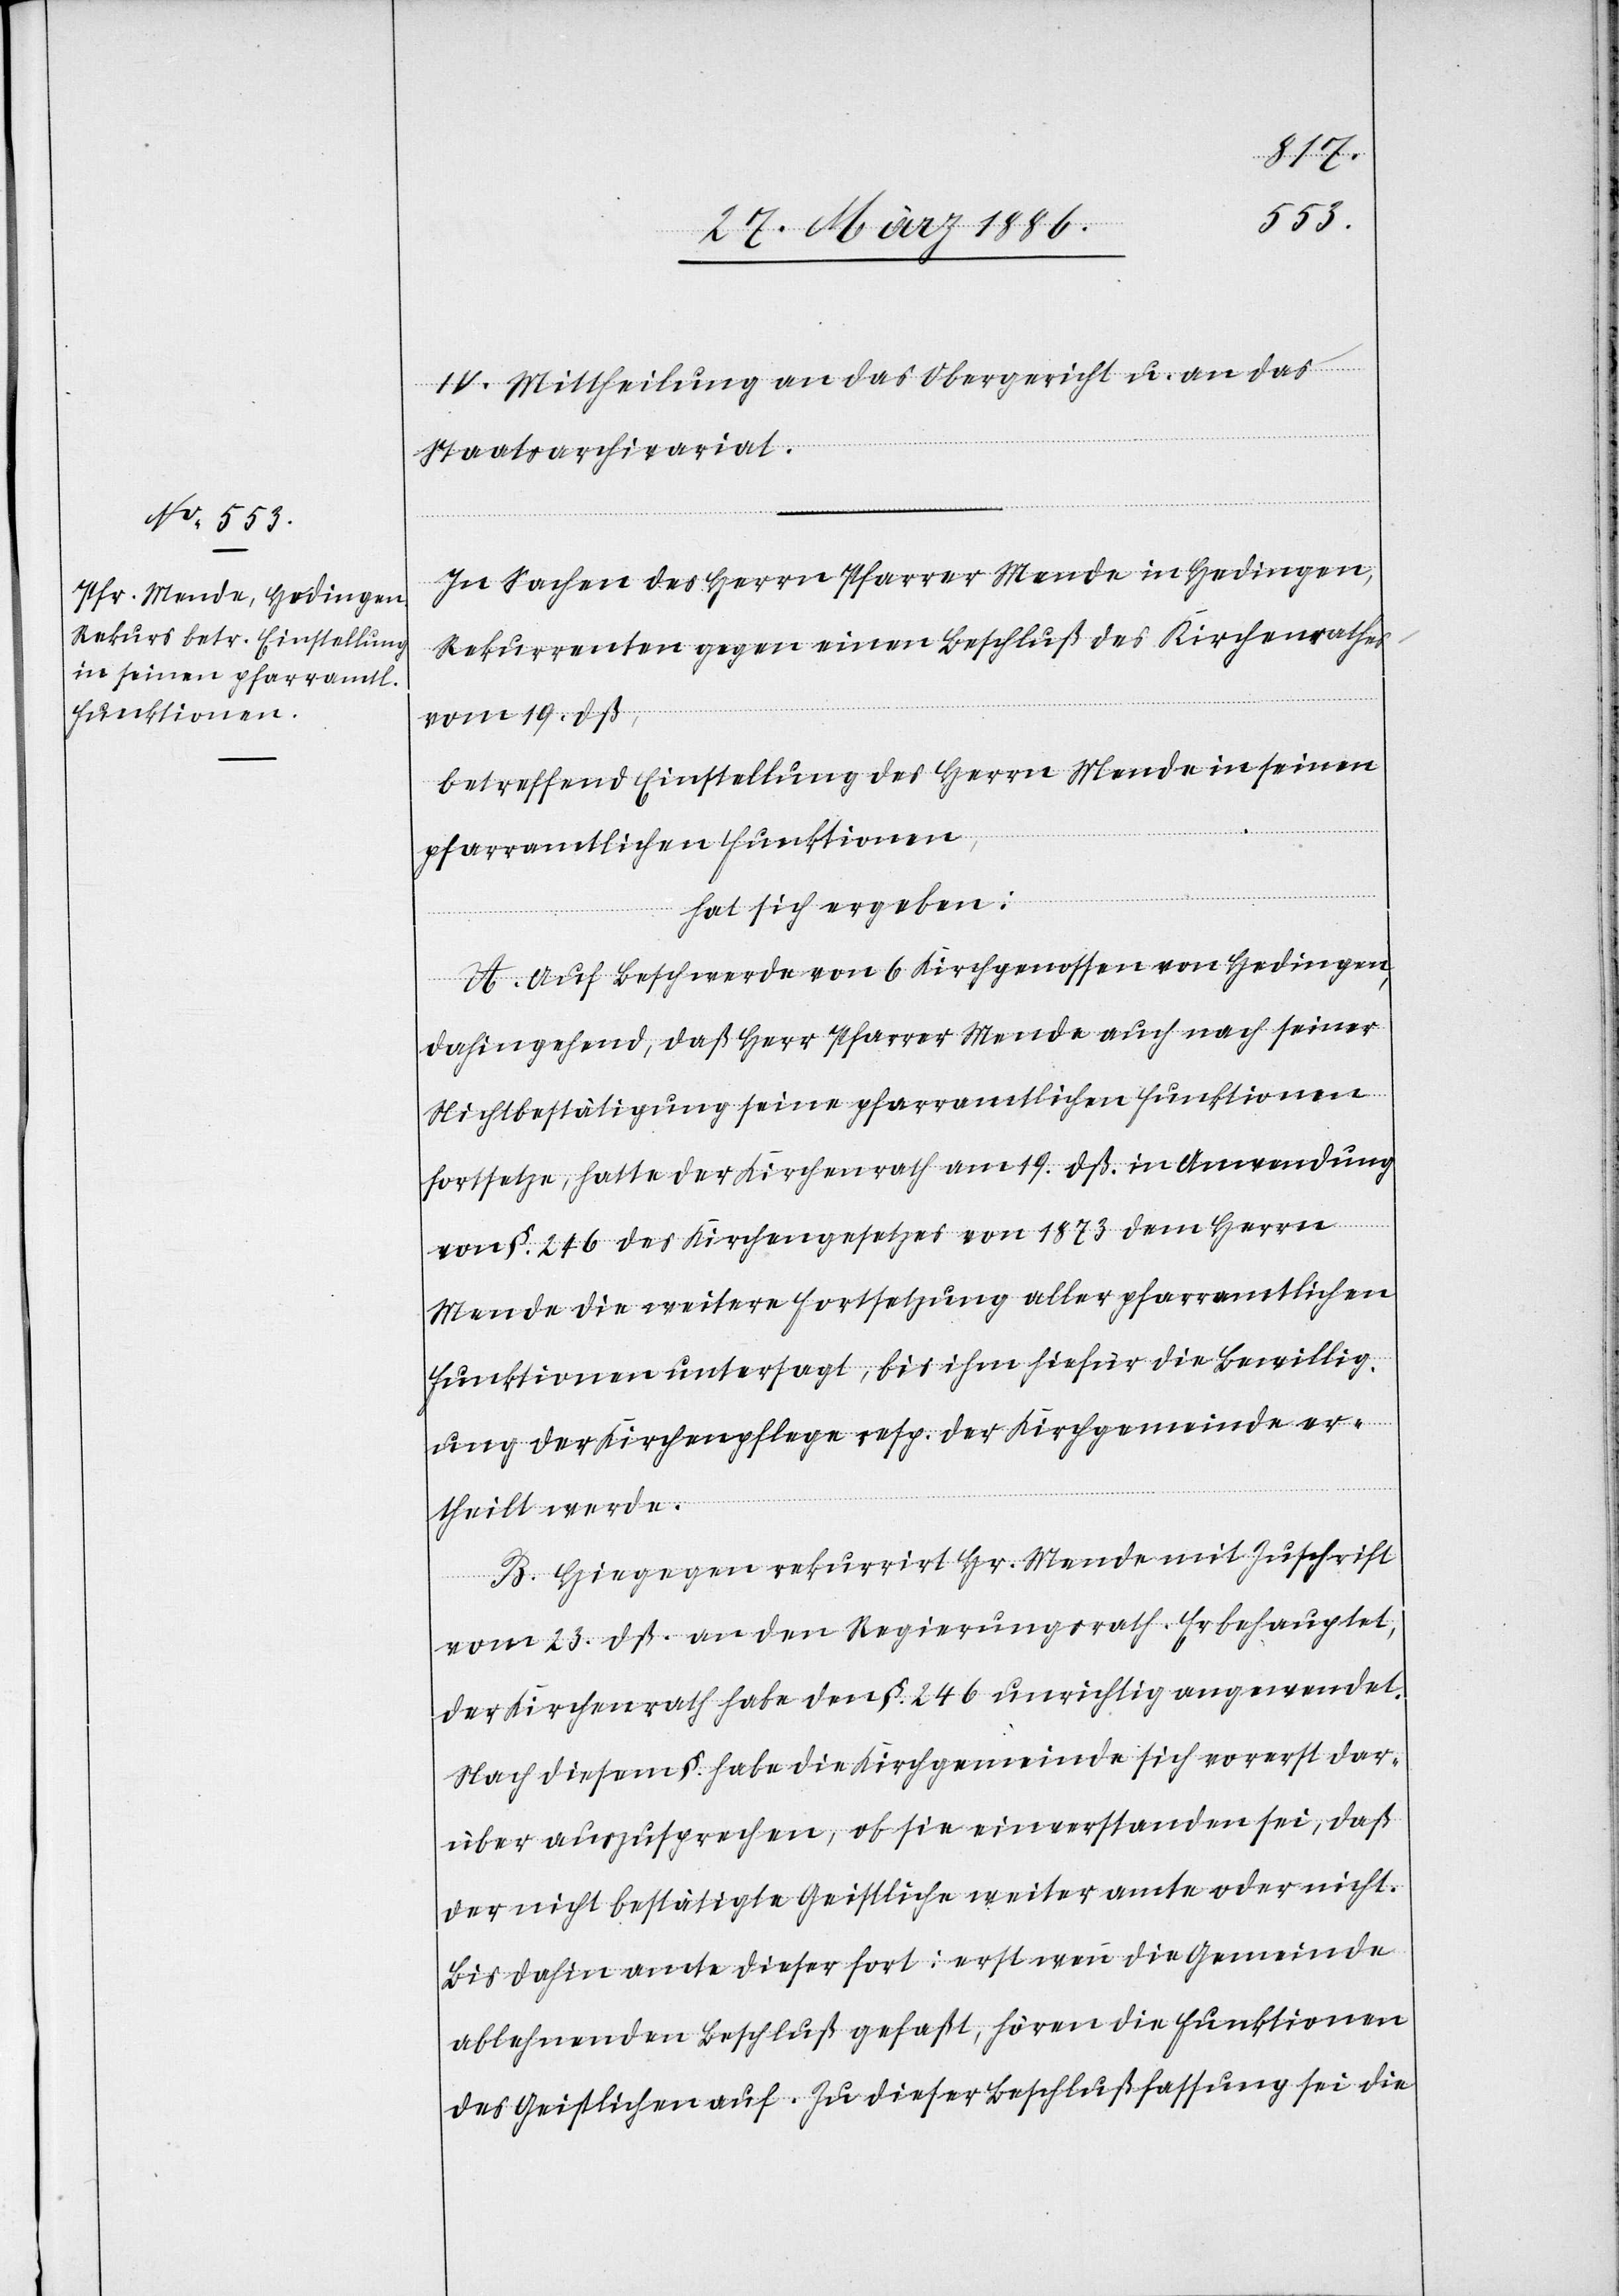
IV. Mittheilung an das Obergericht u. an das
Staatsarchivariat.
In Sachen des Herrn Pfarrer Mende in Hedingen,
Rekurrenten gegen einen Beschluß des Kirchenrathes
vom 19. dß.,
betreffend Einstellung des Herrn Mende in seinen
pfarramtlichen Funktionen,
hat sich ergeben:
A. Auf Beschwerde von 6 Kirchengenossen von Hedingen,
dahingehend, daß Herr Pfarrer Mende auch nach seiner
Nichtbestätigung seine pfarramtlichen Funktionen
fortsetze, hatte der Kirchenrath am 19. dß. in Anwendung
von §. 246 des Kirchengesetzes von 1873 dem Herrn
Mende die weitere Fortsetzung aller pfarramtlichen
Funktionen untersagt, bis ihm hiefür die Bewillig¬
ung der Kirchenpflege resp. der Kirchengemeinde er¬
theilt werde.
B. Hiegegen rekurrirt Hr. Mende mit Zuschrift
vom 23. dß. an den Regierungsrath. Er behauptet,
der Kirchenrath habe den §. 246 unrichtig angewendet.
Nach diesem §. habe die Kirchengemeinde sich vorerst dar¬
über auszusprechen, ob sie einverstanden sei, daß
der nicht bestätigte Geistliche weiter amte oder nicht.
Bis dahin amte dieser fort: erst wenn die Gemeinde
ablehnenden Beschluß gefaßt, hören die Funktionen
des Geistlichen auf. Zu dieser Beschlußfassung sei die